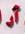
أر